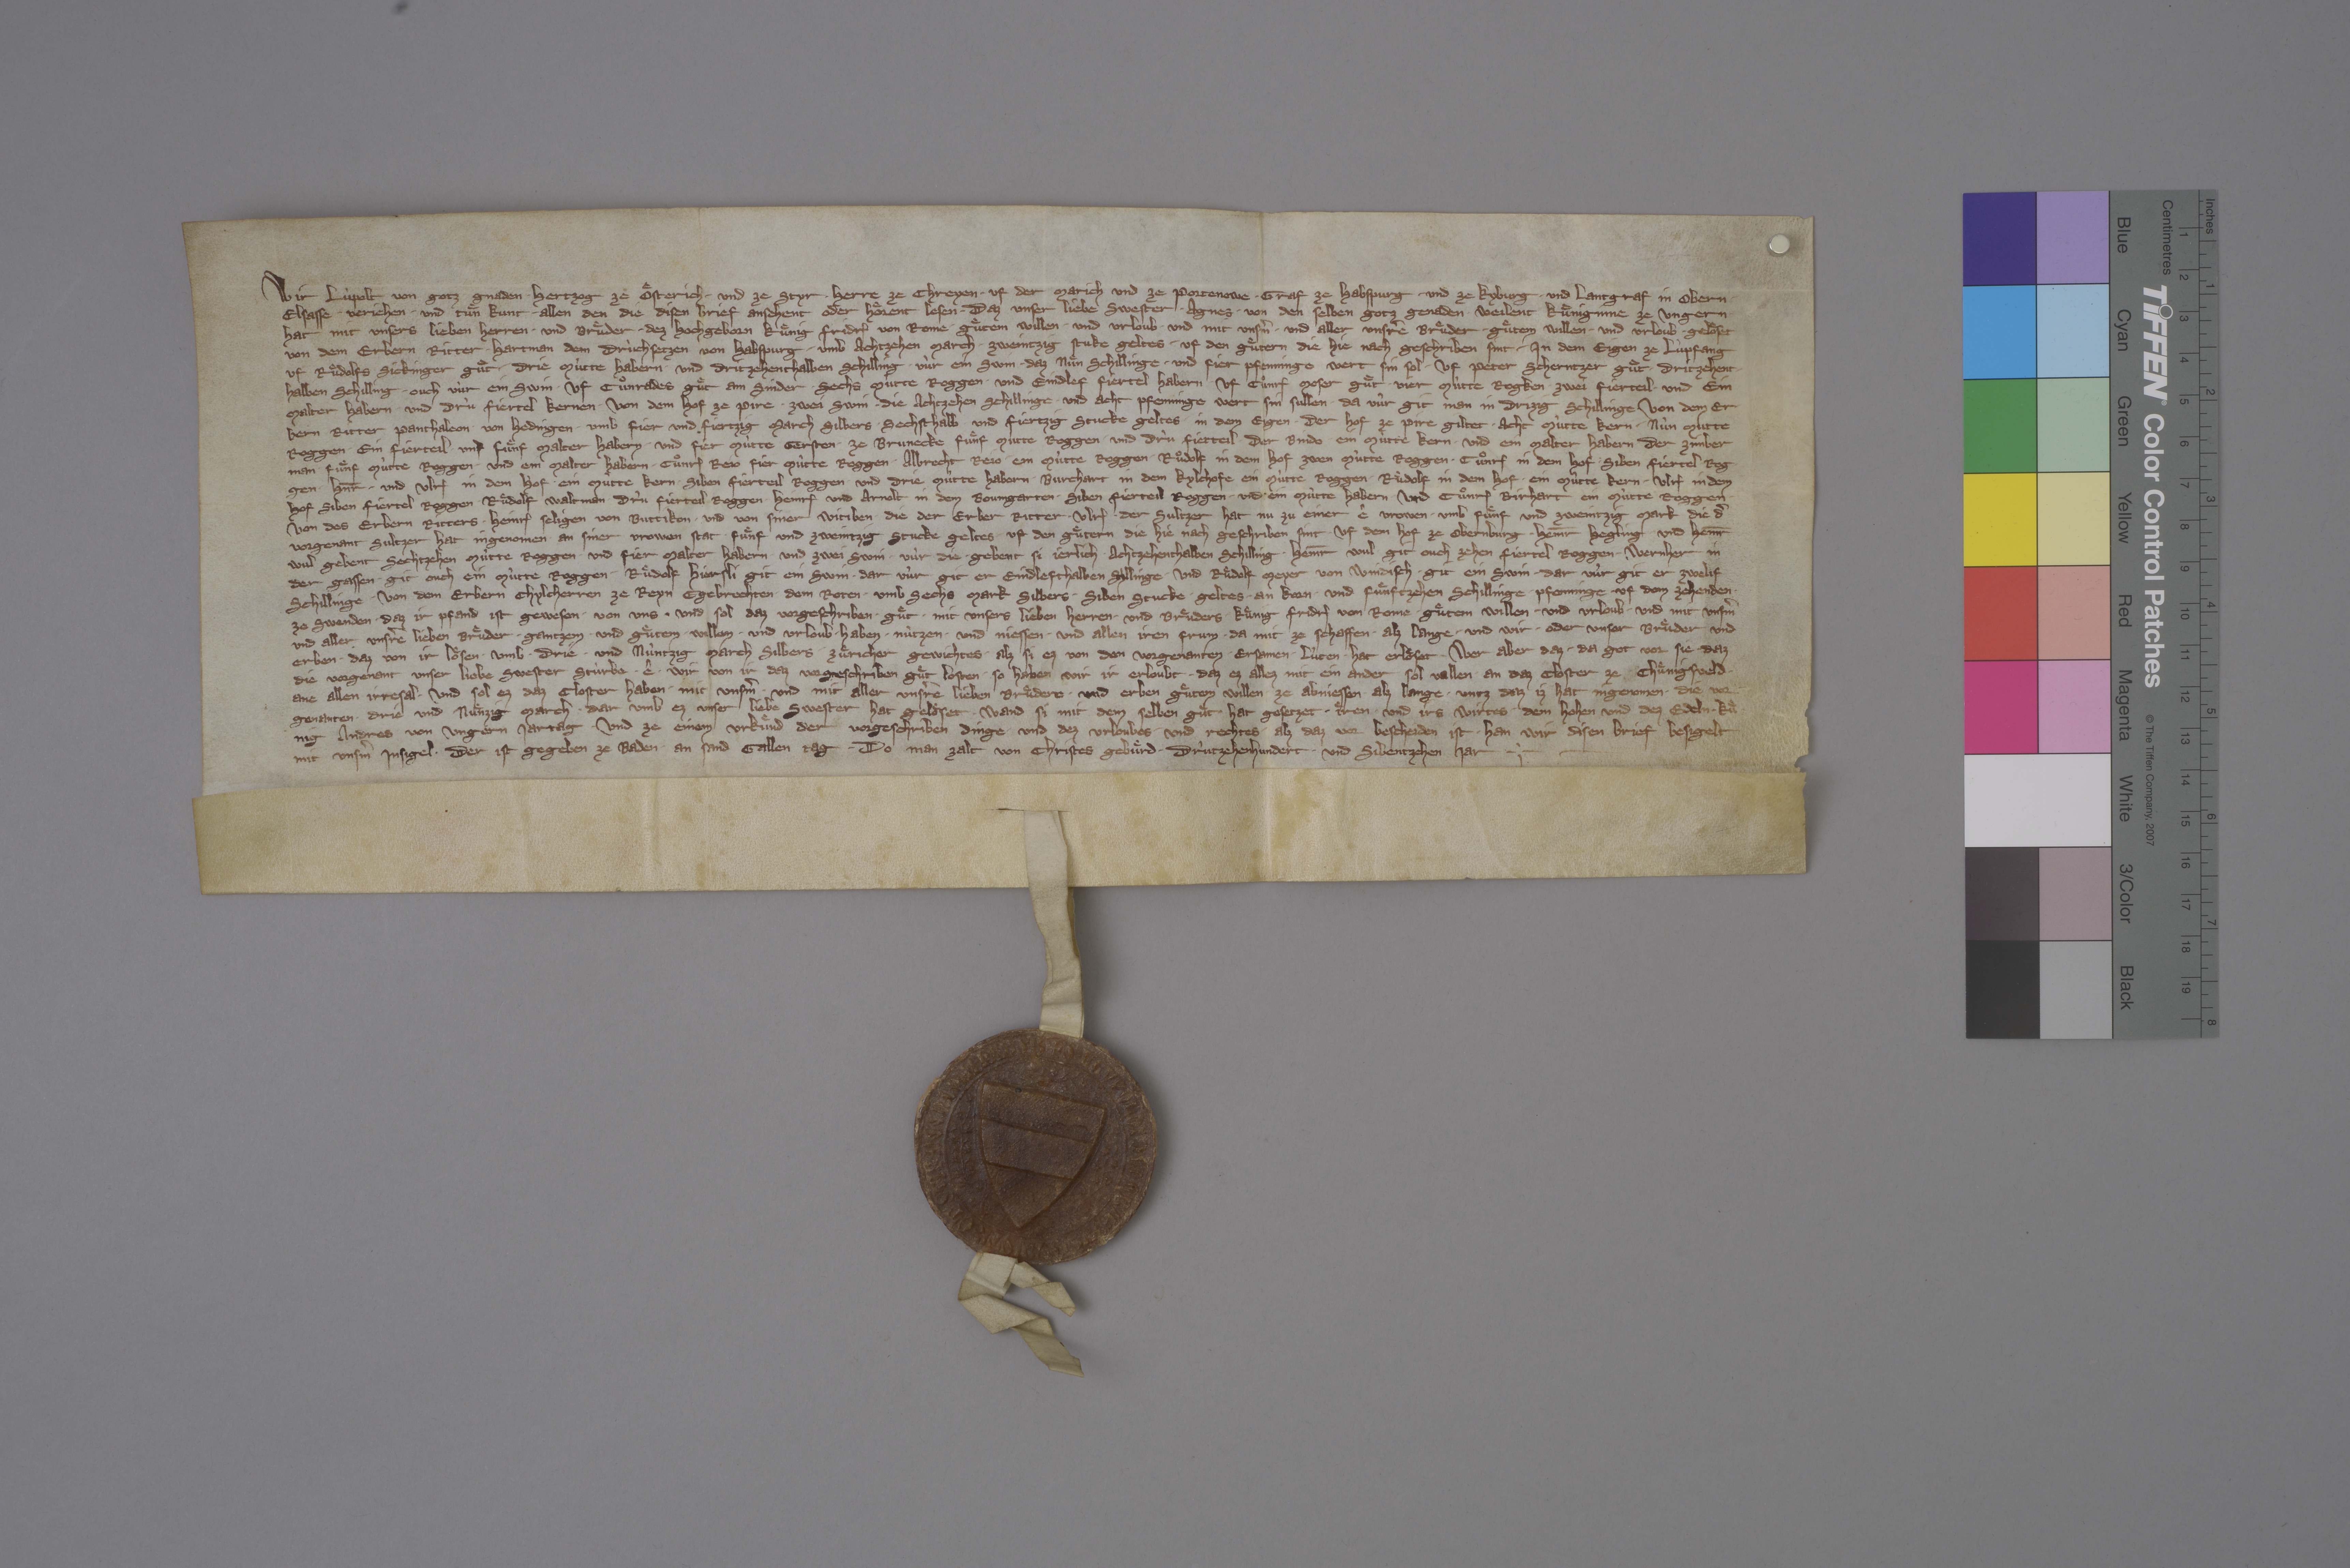
Wir, Lùpolt, von gotz gnaden ✳ hertzog ze Oͤsterich ✳ und ze Styr, ✳ herre ze Chreyen, ✳ uf der Marich und ze Portenowe, ✳ graf ze Habspurg ✳ und ze Kyburg ✳ und lantgraf im Obern
Elsasse, ✳ verjehen ✳ und tuͤn kunt ✳ allen den, die disen brief ansehent oder hoͤrent lesen, ✳ daz unser liebe swester, ✳ Agnes, ✳ von den selben gotz genaden ✳ weilent kuͤniginne ze Ungern,
hat mit unsers lieben herren ✳ und bruͤder, ✳ dez hochgeborn kuͤnig Fridr₎ von Rome, ✳ guͤtem willen ✳ und urloub ✳ und mit unsˀm und aller unsˀre bruͤder ✳ guͤtem willen ✳ und urloub ✳ geloͤset:
von dem erbern ritter ✳ Hartman dem Trùchsetzen von Habspurg ✳ umb achtzehen march ✳ zweintzig stuke geltes ✳ uf den guͤtern, die hie nach geschriben sint: ✳ in dem Eigen ze Lùpfang
uf Ruͦdolfs Sickinger guͦt ✳ drie mùtte habern ✳ und dritzehenthalben schilling ✳ vùr ein swins, ✳ daz nuͤn schillinge ✳ und fier pfenninge wert sin sol, ✳ uf Peter Scherntzer guͤt ✳ dritzehent¬
halben schilling ✳ ouch vùr ein swin, ✳ uf Cuͦnrades guͤt am Sinder ✳ sechs mùtte roggen ✳ und eindlef fiertel habern, ✳ uf Cuͦnr₎ Moser guͤt ✳ vier mùtte rogken, ✳ zwei fierteil ✳ und ein
malter habern ✳ und drù fiertel kernen, ✳ von dem hof ze Pire ✳ zwei swin, ✳ die achtzehen schillinge ✳ und acht pfenninge wert sin sullen, ✳ da vùr git man in drizig schillinge. ✳ von dem er¬
bern ritter Panthaleon ✳ von Hedingen ✳ umb fier und fiertzig march silbers ✳ sechsthalb und fiertzig stucke geltes in dem Eigen: ✳ der hof ze Pire giltet ✳ acht mùtte kern, ✳ nùn mùtte
roggen, ✳ ein fierteil ✳ und fuͤnf malter habern ✳ und fier mùtte gersten, ✳ ze Brunecke fuͤnf mùtte roggen ✳ und drù fierteil, ✳ der Bindo ✳ ein mùtte kern ✳ und ein malter habern, ✳ der Zimber¬
man ✳ fuͤnf mùtte roggen ✳ und ein malter habern, ✳ Cuͦnr₎ Reio fier mùtte roggen, ✳ Albrecht Reio ✳ ein mùtte roggen, ✳ Ruͦdolf in dem Hof zwen mùtte roggen, ✳ Cuͦnr₎ in dem Hof siben fiertel rog¬
gen, ✳ Hn̄r ✳ und Ulr₎ in dem Hof ✳ ein mùtte kern, ✳ siben fierteil roggen und drie mûtte habern, ✳ Burchart in dem Kylchofe ein mùtte roggen, ✳ Ruͦdolf in dem Hof ✳ ein mùtte kern, ✳ Ulr₎ in dem
Hof siben fiertel roggen, ✳ Ruͤdolf Waltman ✳ drù fierteil roggen, ✳ Heinr₎ und Arnolt in dem Boumgarten ✳ siben fierteil roggen ✳ und ein mùtte habern und Cuͦnr₎ Birhart ein mùtte roggen.
von des erbern ritters ✳ Heinr₎, seligen, von Buttikon ✳ und von siner witiben, ✳ die der erber ritter ✳ Ulr₎ ✳ der Sultzer hat nu zu einer ê vrowen, ✳ umb fuͤnf und zweintzig mark, die dˀ
vorgenant Sultzer hat ingenomen an siner vrowen stat, ✳ fuͤnf und zweintzig stucke geltes ✳ uf den guͤtern, die hie nach geschriben sint: ✳ uf dem hof zu Obernburg ✳ Heinr̄ Hegling und Heinr̄
Wul gebent sechtzehen mùtte roggen ✳ und fier malter habern ✳ und zwei swin, ✳ vùr die ✳ gebent si jerlich ✳ achtzehenthalben schilling, ✳ Heinr̄ Wul git ouch zehen fiertel roggen, ✳ Wernher in
der Gassen ✳ git ouch ein muͤtte roggen, ✳ Ruͤdolf Hiersli git ein swin, ✳ dar vùr git er eindlefthalben snllinge, ✳ und Ruͤdolf Meyer von Windisch ✳ git ein swin, ✳ dar vùr git er zwelif
schillinge. ✳ von dem erbern chylcherren ze Reyn Egebrechten ✳ dem Roten ✳ umb sechs mark silbers ✳ siben stucke ✳ geltes ✳ an korn ✳ und fuͤnftzehen schillinge ✳ pfenninge ✳ uf dem zehenden ✳
ze Swenden, ✳ daz ir pfand ist gewesen ✳ von uns. ✳ und sol daz vorgeschriben ✳ guͤt ✳ mit unsers lieben herren ✳ und bruͤders, kuͤng ✳ Friedr₎ von Rome, ✳ guͤtem willen ✳ und urloub ✳ und mit unsˀm
und aller unsˀre lieben bruͤder ✳ gantzem ✳ und guͤtem ✳ willen ✳ und urloub ✳ haben, ✳ nùtzen ✳ und niessen ✳ und allen iren frum ✳ da mit ze schaffen ✳ alz lange, ✳ und wir ✳ oder unser bruͤder und
erben ✳ daz von ir loͤsen ✳ umb ✳ drie ✳ und nùntzig march silbers ✳ Zuͤricher gewichtes, ✳ alz sie ez von den vorgenanten ✳ ersamen ✳ lùten ✳ hat erloͤset. ✳ wer aber daz, ✳ da got vor sie, ✳ daz
die vorgenant unser liebe swester stùrbe, ✳ ê ✳ wir von ir daz vorgeschriben guͤt losten, ✳ so haben wir ir erloubt, ✳ daz ez allez mit ein ander sol vallen ✳ an an daz closter ze Chuͤnigsfeld ✳
ane allen irresal. ✳ und sol ez daz closter haben ✳ mit unsˀm ✳ und mit aller unsˀre lieben bruͤdere ✳ und erben guͤtem willen ✳ ze abniessen ✳ alz lange, ✳ untz daz iz hat ingenomen ✳ die vor¬
genanten ✳ drie und nuͤnzig march, ✳ dar umb ez unser liebe swester hat geloͤset, ✳ wand si mit dem selben guͤt hat gesetzet ✳ iͤren ✳ und irs wirtes, ✳ dem hohen und dez edeln kuͤ¬
nig Andres von Ungern, jartag. ✳ und ze einem urkuͤnd der vorgeschriben dinge ✳ und dez urloubes ✳ und rechtes, ✳ alz daz vor bescheiden ist, ✳ han wir disen brief besigelt
mit unsˀm insigel, ✳ der ist gegeben ze Baden an sand Gallen tag, ✳ do man zalt von Christes gebuͤrd ✳ drùtzehenhundert ✳ und sibentzehen jar. ✳ ✳